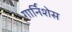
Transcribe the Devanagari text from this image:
गार्निशेस